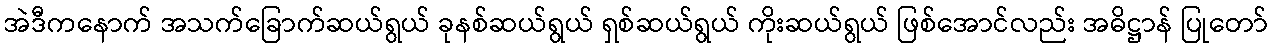
အဲဒီကနောက် အသက်ခြောက်ဆယ်ရွယ် ခုနစ်ဆယ်ရွယ် ရှစ်ဆယ်ရွယ် ကိုးဆယ်ရွယ် ဖြစ်အောင်လည်း အဓိဋ္ဌာန် ပြုတော်